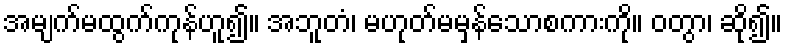
အမျက်မထွက်ကုန်ဟူ၍။ အဘူတံ၊ မဟုတ်မမှန်သောစကားကို။ ဝတွာ၊ ဆို၍။